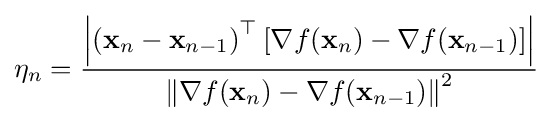
\eta _{n}={\frac {\left|\left(\mathbf {x} _{n}-\mathbf {x} _{n-1}\right)^{\top }\left[\nabla f(\mathbf {x} _{n})-\nabla f(\mathbf {x} _{n-1})\right]\right|}{\left\|\nabla f(\mathbf {x} _{n})-\nabla f(\mathbf {x} _{n-1})\right\|^{2}}}